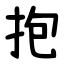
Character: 抱